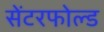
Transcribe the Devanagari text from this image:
सेंटरफोल्ड